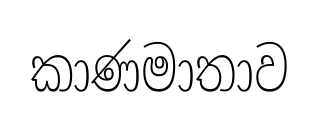
කාණමාතාව